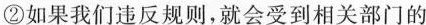
②如果我们违反规则，就会受到相关部门的